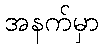
အနက်မှာ